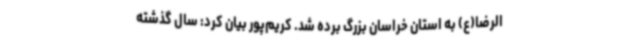
الرضا(ع) به استان‌ خراسان بزرگ برده شد. کریم‌پور بیان کرد: سال گذشته